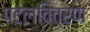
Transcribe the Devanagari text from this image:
पटलवित्रण